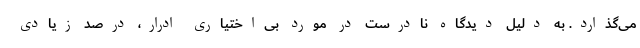
می‌گذارد. به دلیل دیدگاه نادرست در مورد بی‌اختیاری ادرار، درصد زیادی